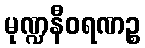
မုဏ္ဍနီဝရဏဉ္စ